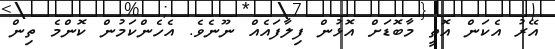
އޭރު އެކަން އޮތީ މާބޮޑަށް އޮޅުން ފިލާފައެއް ނޫނެވެ. އެހެންކަމުން ކޮންމެ ތިން